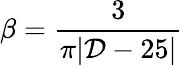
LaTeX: \beta={\frac{3}{\pi|{\cal D}-25|}}